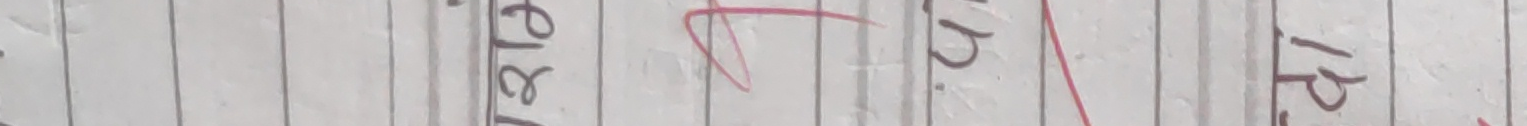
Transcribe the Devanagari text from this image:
१८ ७ १२ १२